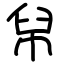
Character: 帠